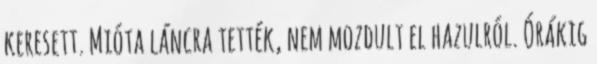
keresett. Mióta láncra tették, nem mozdult el hazulról. Órákig